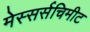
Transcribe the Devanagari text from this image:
मेस्सर्सचिमीट